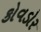
કોવડોર